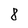
Character: 8